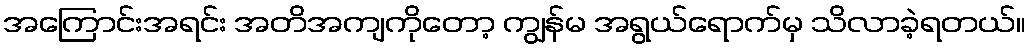
အကြောင်းအရင်း အတိအကျကိုတော့ ကျွန်မ အရွယ်ရောက်မှ သိလာခဲ့ရတယ်။